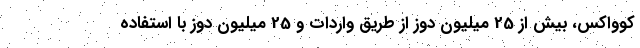
کوواکس، بیش از 25 میلیون دوز از طریق واردات و 25 میلیون دوز با استفاده